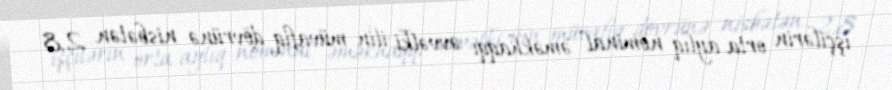
işçilərin orta aylıq nominal əməkhaqqı əvvəlki ilin müvafiq dövrünə nisbətən 2,8